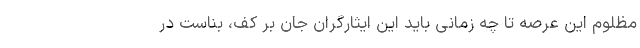
مظلوم این عرصه تا چه زمانی باید این ایثارگران جان بر کف، بناست در